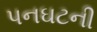
પનઘટની